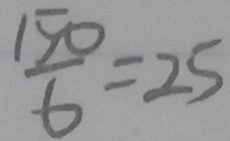
\frac { 1 5 0 } { 6 } = 2 5